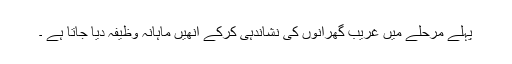
پہلے مرحلے میں غریب گھرانوں کی نشاندہی کرکے انھیں ماہانہ وظیفہ دیا جاتا ہے ۔